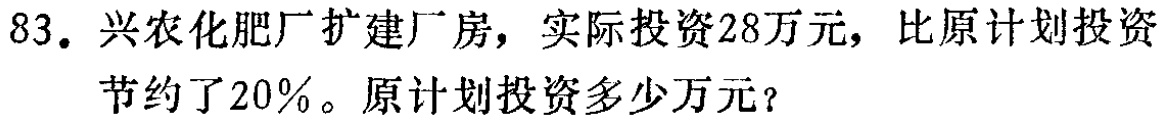
83. 兴农化肥厂扩建厂房，实际投资28万元，比原计划投资节约了20%。原计划投资多少万元？